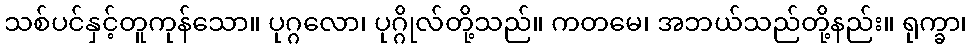
သစ်ပင်နှင့်တူကုန်သော။ ပုဂ္ဂလော၊ ပုဂ္ဂိုလ်တို့သည်။ ကတမေ၊ အဘယ်သည်တို့နည်း။ ရုက္ခာ၊